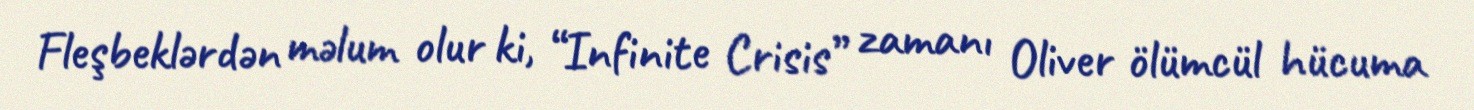
Fleşbeklərdən məlum olur ki, “Infinite Crisis” zamanı Oliver ölümcül hücuma